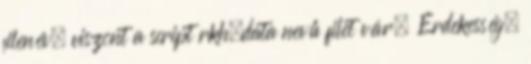
filenév, viszont a script rkh.data nevű filet vár. Érdekesség,